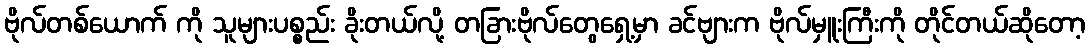
ဗိုလ်တစ်ယောက် ကို သူများပစ္စည်း ခိုးတယ်လို့ တခြားဗိုလ်တွေရှေ့မှာ ခင်ဗျားက ဗိုလ်မှူးကြီးကို တိုင်တယ်ဆိုတော့